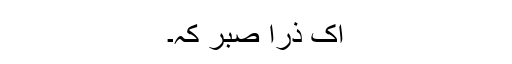
اک ذرا صبر کہ۔